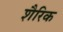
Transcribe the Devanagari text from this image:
शैरिक